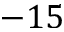
- 1 5